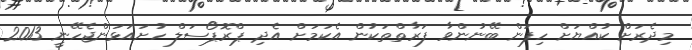
މިދެރަށް ކުއްޔަށް ހިފަން ބޭނުންވާ ފަރާތްތަކުން އެކަމަށް އެދި ޕްރޮޕޯސަލް ހުށައަޅަންޖެހޭނީ 2013